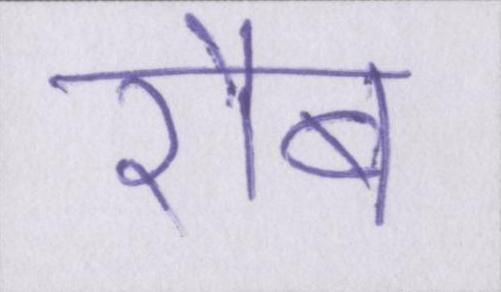
रौब